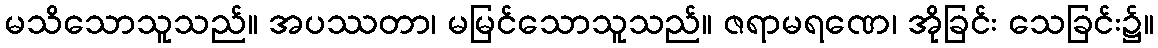
မသိသောသူသည်။ အပဿတာ၊ မမြင်သောသူသည်။ ဇရာမရဏေ၊ အိုခြင်း သေခြင်း၌။